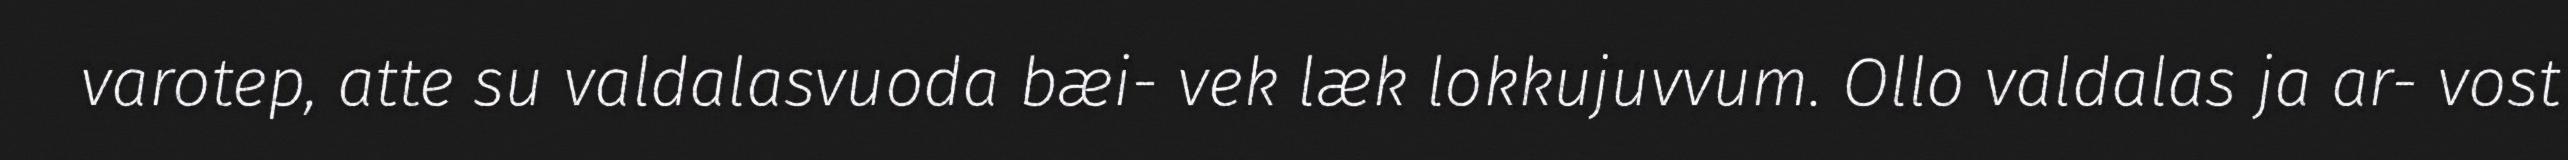
varotep, atte su valdalasvuoda bæi- vek læk lokkujuvvum. Ollo valdalas ja ar- vost